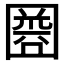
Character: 𡈘